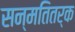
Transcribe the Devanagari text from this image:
सन्मतितर्क